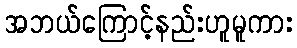
အဘယ်ကြောင့်နည်းဟူမူကား